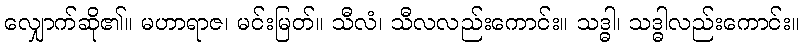
လျှောက်ဆို၏။ မဟာရာဇ၊ မင်းမြတ်။ သီလံ၊ သီလလည်းကောင်း။ သဒ္ဓါ၊ သဒ္ဓါလည်းကောင်း။